Serum-therapy of plague in India - Number 20
Disease focus: Plague
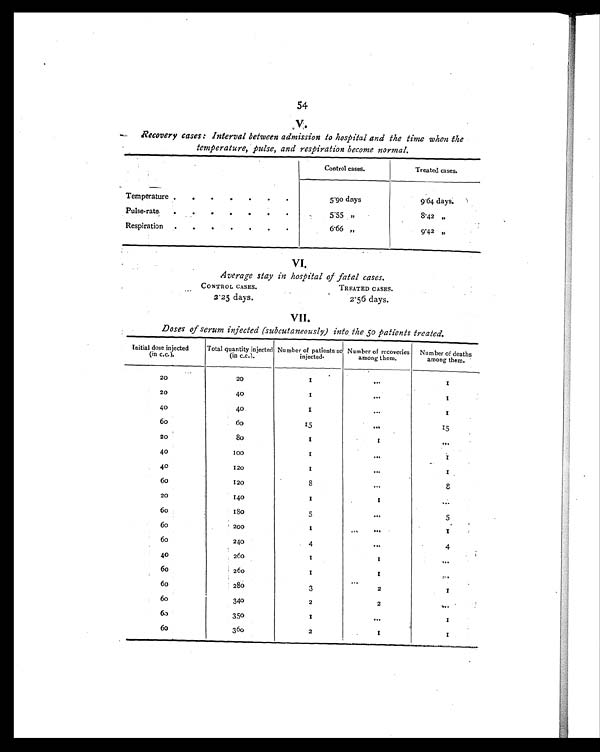
54
V.
Recovery cases: Interval between admission to hospital and the time when the
temperature, pulse, and respiration become normal.
Control cases.
Treated cases.
Temperature
.
.
.
5.90 days
9.64 days.
Pulse-rate . . . . . .
.
5 . 5 5
„
8.42 ,,
Respiration
.
.
6 . 6 6
„
9.42 „
Average stay in hospital of fatal cases.
CONTROL CASES.
TREATED CASES.
2.25 days.
2.56 days.
Doses of serum injected (subcutaneously) into the 50 Patients treated.
Initial dose injected
(in c.c.).
Total quantity injected
(in c.c.).
Number of patients so
injected.
Number of recoveries
among them.
Number of deaths
among them.
20
20
1
...
1
20
40
1
. . .
1
40
40
1
...
1
6 0
6 0
15
...
15
20
80
1
1
. . .
40
100
1
...
1
4 0
120
1
...
1
6 0
120
8
...
8
20
140
1
1
. . .
6 0
1 8 0
5
. . .
5
6 0
200
1
. . .
1
6 0
240
4
. . .
4
40
260
1
1
. . .
6 0
260
1
1
. . .
6 0
280
3
2
1
60
340
2
2
. . .
6 0
350
1
...
1
6 0
360
2
1
1